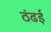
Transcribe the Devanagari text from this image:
ठंढई